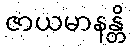
ဇာယမာနန္တိ